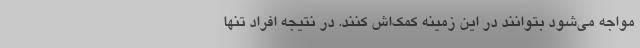
مواجه می‌شود بتوانند در این زمینه کمک‌اش کنند. در نتیجه افراد تنها